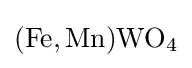
{\ce {(Fe,Mn)WO4}}